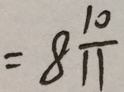
= 8 \frac { 1 0 } { 1 1 }